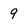
Character: 9